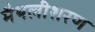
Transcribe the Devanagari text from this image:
मैथलीशरण